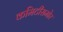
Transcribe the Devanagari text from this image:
कमिटीसमोर